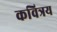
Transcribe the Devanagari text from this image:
कवित्रय